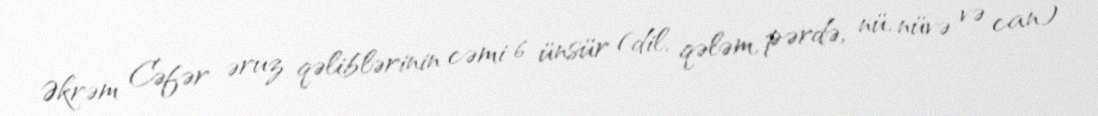
Əkrəm Cəfər əruz qəliblərinin cəmi 6 ünsür (dil, qələm, pərdə, nü, nüvə və can)